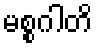
မစ္စဂါတိ